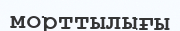
морттылығы